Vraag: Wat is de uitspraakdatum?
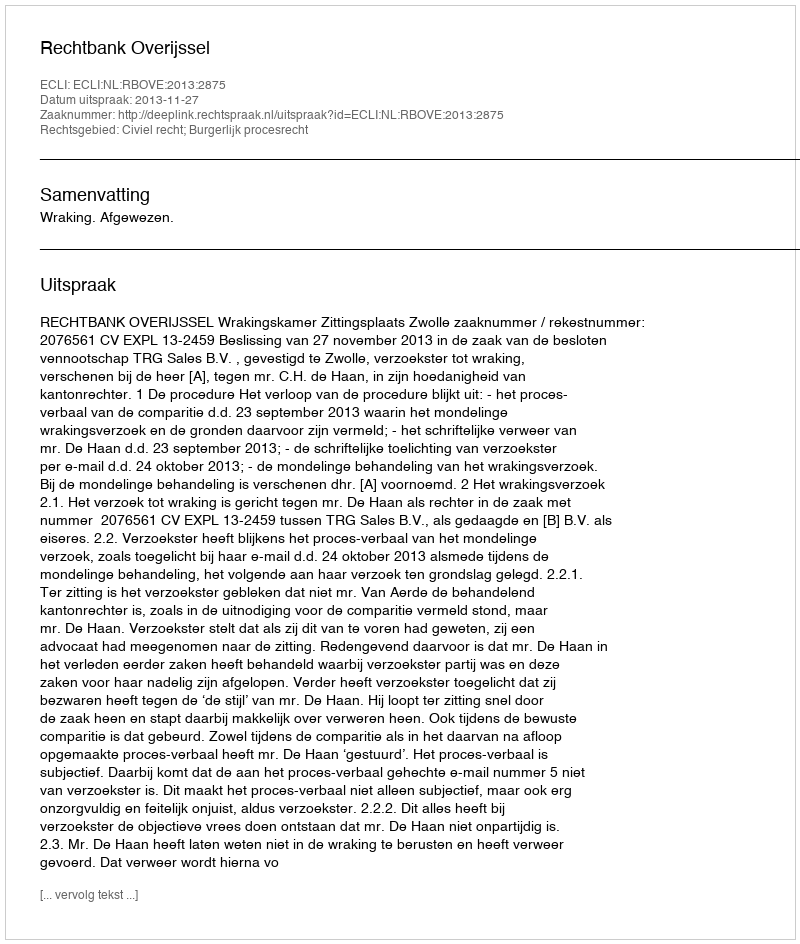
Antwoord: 2013-11-27